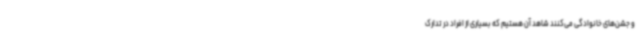
و جشن‌های خانوادگی می‌کنند شاهد آن هستیم که بسیاری از افراد در تدارک